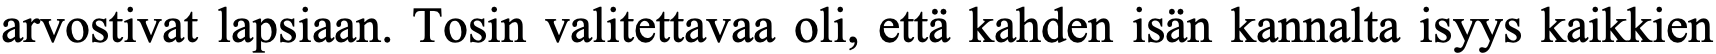
arvostivat lapsiaan. Tosin valitettavaa oli, että kahden isän kannalta isyys kaikkien